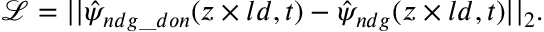
\mathcal { L } = | | \hat { \psi } _ { n d g \_ d o n } ( z \times l d , t ) - \hat { \psi } _ { n d g } ( z \times l d , t ) | | _ { 2 } .